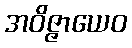
အဝိဇ္ဇာယေဝ